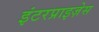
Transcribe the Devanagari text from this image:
इंटरप्राइज़ेस